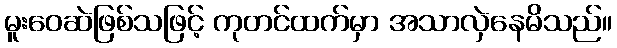
မူးဝေဆဲဖြစ်သဖြင့် ကုတင်ထက်မှာ အသာလှဲနေမိသည်။